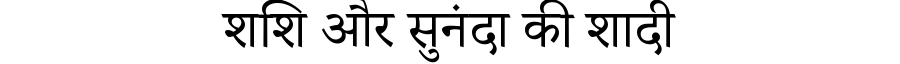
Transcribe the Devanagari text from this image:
शशि और सुनंदा की शादी